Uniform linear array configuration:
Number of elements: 32
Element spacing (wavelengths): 0.25
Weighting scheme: hamming
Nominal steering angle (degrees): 60
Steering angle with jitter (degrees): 61.644
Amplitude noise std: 0.05
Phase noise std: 0.05

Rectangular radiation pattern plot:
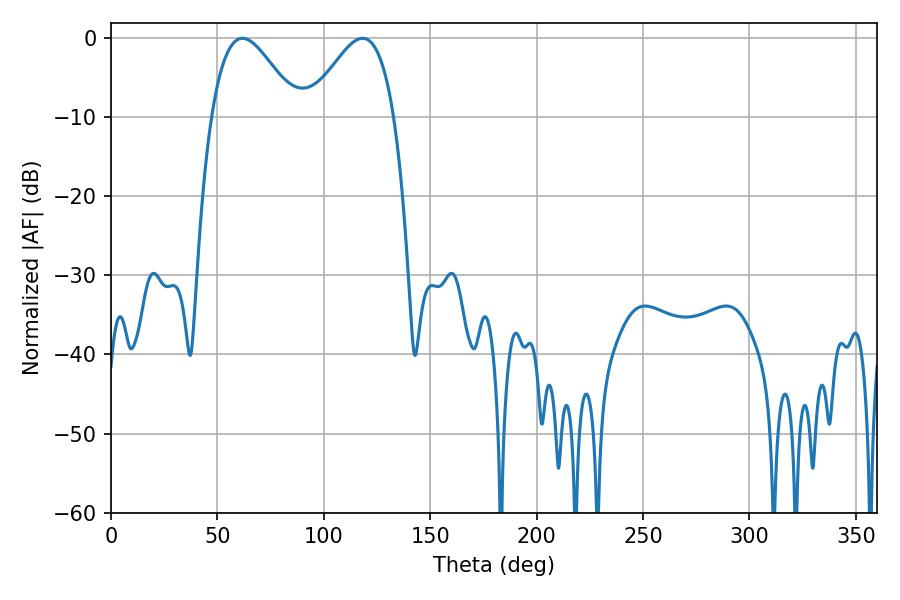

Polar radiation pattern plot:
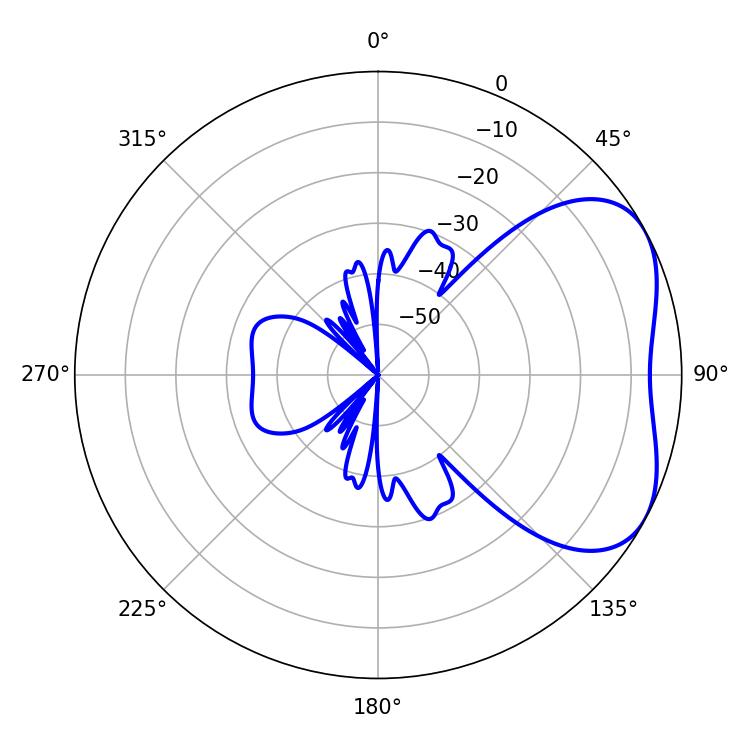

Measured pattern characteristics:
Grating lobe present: FALSE
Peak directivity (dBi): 4.233
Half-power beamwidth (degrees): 21.42
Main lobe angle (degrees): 61.74